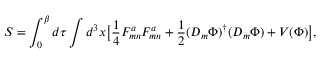
S = \int _ { 0 } ^ { \beta } d \tau \int d ^ { 3 } x \bigl [ { \frac { 1 } { 4 } } F _ { m n } ^ { a } F _ { m n } ^ { a } + { \frac { 1 } { 2 } } ( D _ { m } \Phi ) ^ { \dagger } ( D _ { m } \Phi ) + V ( \Phi ) \bigr ] ,